Annual administration report of the Bombay Presidency - 1887-1892
Year: 1887
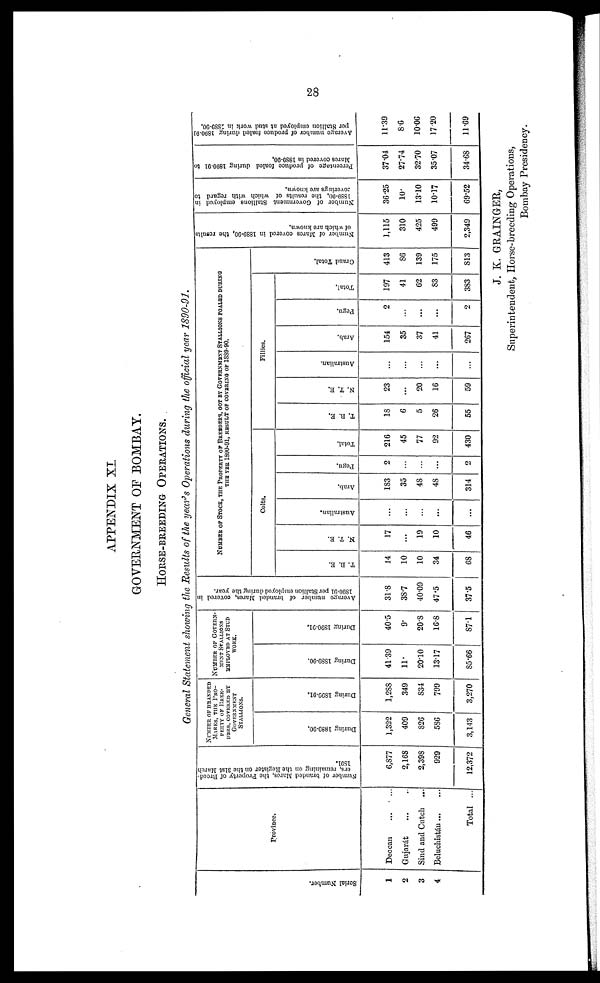
28
APPENDIX XI
GOVERNMENT OF BOMBAY.
HORSE-BREEDING OPERATIONS.
General Statement showing the Results of the year's Operations during the official year 1890-91.
Serial Number
1
2
3
4
Province.
Deccan
...
...
Gujarát ... ...
Sind and Cntch ...
Beluchistán
...
...
Total ...
Number of branded Mares,
the Property of Breed-
ers, remaining on the Register on the 31st March
1891.
6,877
2,168
2,398
929
12,372
NUMBER OF BRANDED
MARES THE PRO-
PERTY OF BREE-
DERS, COVERED BY
GOVERNMENT
STALLIONS.
Dur i
ng 1889-00.
1,322
409
826
586
3,143
Dur i
ng 1890- 91.
1,288
349
834
799
3,270
NUMBER OF GOVERN-
MENT STALLIONS
EMPLOYED AT STUD
WORK.
Dur i
ng 1889-90.
41.39
11
20.10
13.17
85.66
Dur i
ng 1890-91.
40.5
9
20.8
16.8
87.1
Average number of branded Mares, covered in
1890-91
per Stallion employed during the year.
31.8
38.7
40.09
47.5
37.5
NUMBER OF STOCK THE PROPERTY OF BREEDERS, GOT BY GOVERNMENT STALLIONS FOALED DURING
THE YEAR 1890-91, RESULT OF COVERING OF 1889-90.
Colts.
T. B. E.
14
10
10
34
68
N. T. E.
17
...
19
10
46
Australian.
...
...
...
...
...
Arab.
183
35
48
48
314
Pegu.
2
...
...
...
2
Total.
216
45
77
92
430
Fillies.
T. B. E.
18
6
5
26
55
N. T. E.
23
...
20
16
59
Australian.
...
...
...
...
...
Arab.
154
35
37
41
267
Pegu.
2
...
...
...
2
Total.
197
41
62
83
383
Gr a nd Tot al .
413
86
139
175
813
Number of Mares covered in 1889-90,
the results
of which are known.
1,115
310
425
499
2,349
Number of Government Stallions employed in
1889-90,
the results of which with regard to
coverings are known.
36.25
10
13.10
10.17
69.52
Percentage of produce foaled during 1890-91 to
Mares covered in 1889-90.
37.04
27.74
32.70
35.07
34.68
Average number of produce foaled during 1890-91
per Stallion employed at stud work in 1889-90.
11.39
8.6
1006
17 20
11.69
J. K. GRAINGER,
Superintendent, Horse-breeding Operations,
Bombay Presidency.